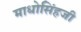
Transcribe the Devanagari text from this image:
माधोसिंहजी